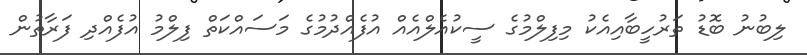
ލިބުނު ބޮޑު ތަރުހީބާއިއެކު މިފިލްމުގެ ސީކުއެލްއެއް އުފެއްދުމުގެ މަސައްކަތް ފިލްމު އުފެއްދި ފަރާތުން